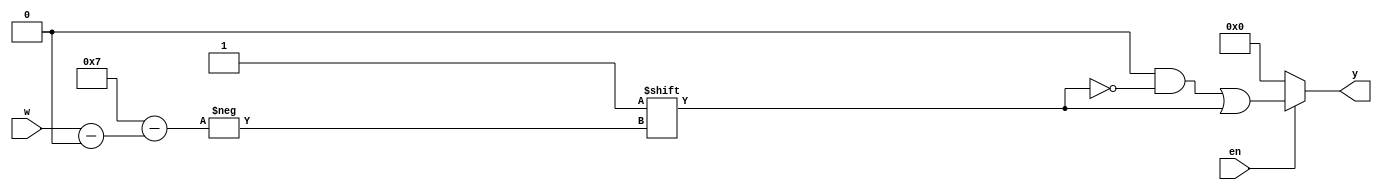
`timescale 1ns / 1ps
//////////////////////////////////////////////////////////////////////////////////
// Company: 
// Engineer: 
// 
// Design Name: 
// Module Name: decoder_generic
// Project Name: 
// Target Devices: 
// Tool Versions: 
// Description: 
// 
// Dependencies: 
// 
// Revision:
// Revision 0.01 - File Created
// Additional Comments:
// 
//////////////////////////////////////////////////////////////////////////////////


module decoder_generic              // 3 to 8 decoder
    #(parameter N = 3)(
    input [N - 1:0] w,
    input en,
    output reg [0:2 ** N - 1] y     // ** = exponent
    );
    
    always @(w, en)
    begin
        y = 'b0;
        if (en)
            y[w] = 1'b1; 
        else
            y = 'b0;
    end
endmodule